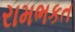
રામભકત